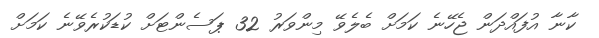
ކާނާ އުފައްދަން ޖެހޭނެ ކަމަށް ބެލެވޭ މިންވަރު 32 ޕަސެންޓަށް ކުޑަކުރެވޭނެ ކަމަށް